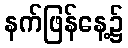
နက်ဖြန်နေ့၌